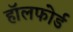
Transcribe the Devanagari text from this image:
हॉलफोर्ड